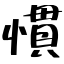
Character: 慣